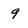
Character: 9